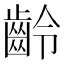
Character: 齡